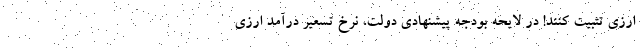
ارزی تثبیت کنند! در لایحه بودجه پیشنهادی دولت، نرخ تسعیر درآمد ارزی